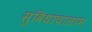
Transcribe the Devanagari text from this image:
सुविधांचालाभ